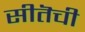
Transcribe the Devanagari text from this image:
सीतॆची